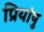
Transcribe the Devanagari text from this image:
प्रियांषु